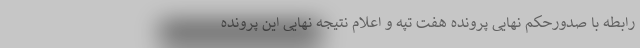
رابطه با صدورحکم نهایی پرونده هفت تپه و اعلام نتیجه نهایی این پرونده